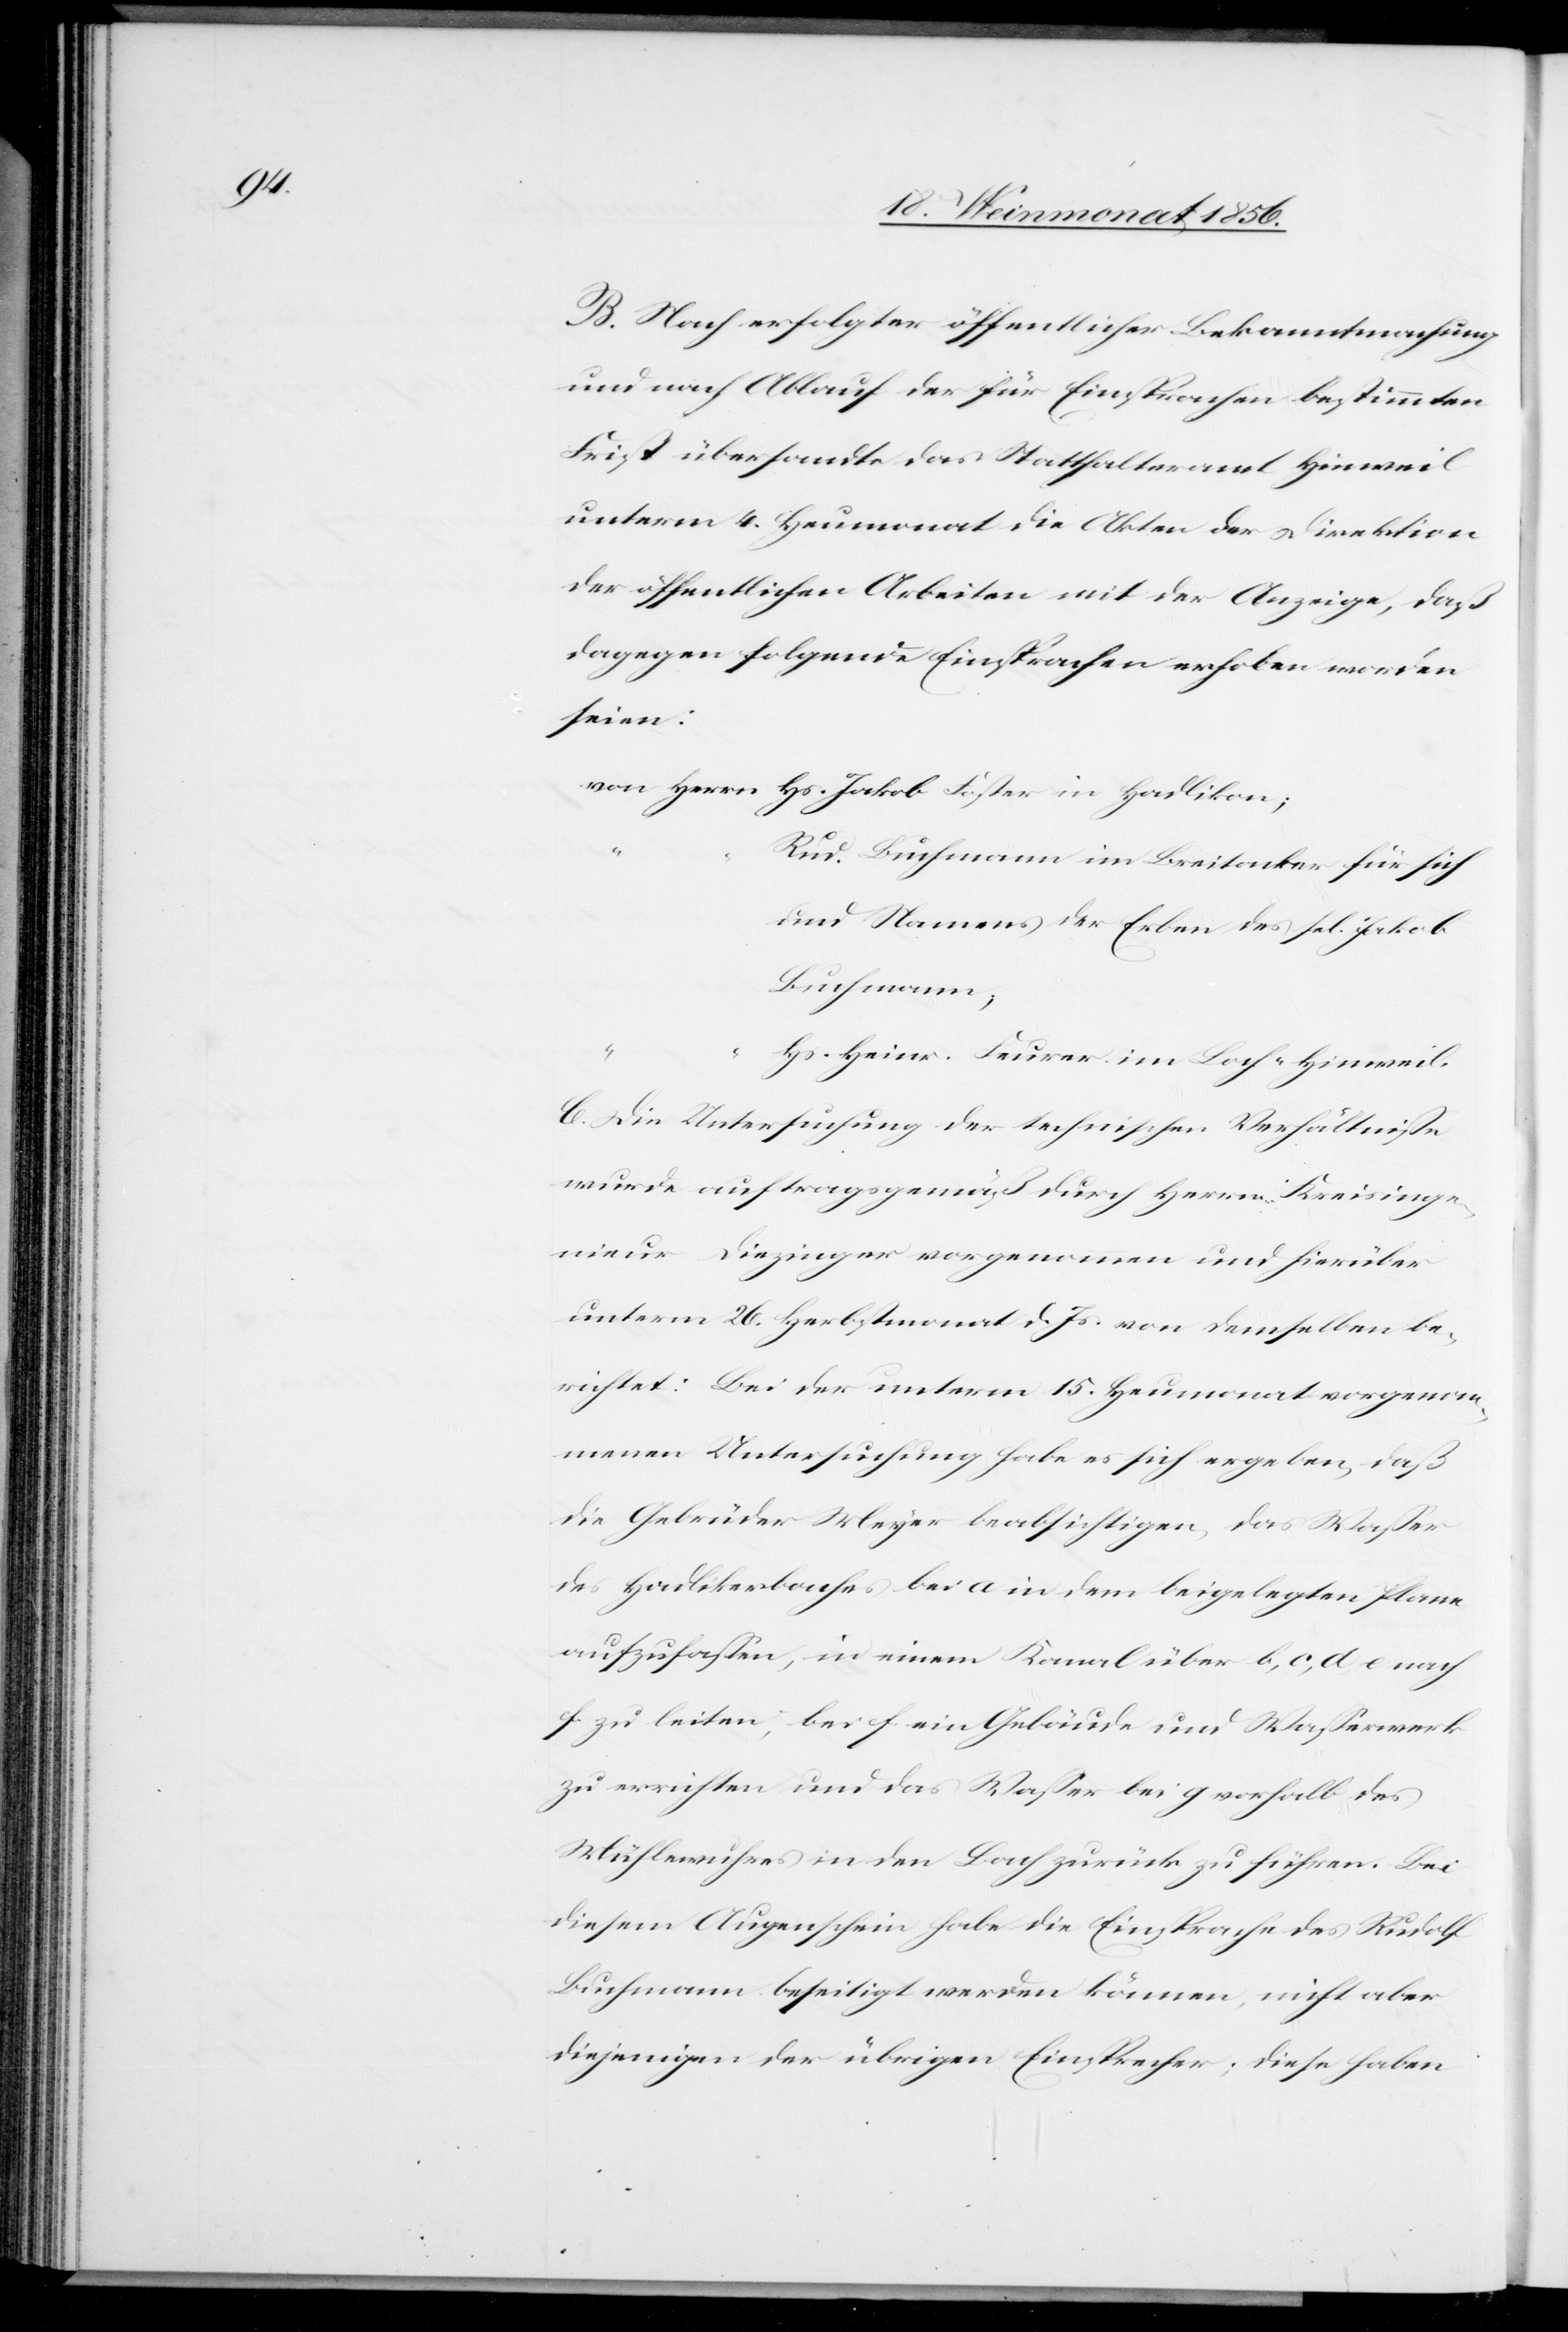
B. Nach erfolgter öffentlicher Bekanntmachung
und nach Ablauf der für Einsprachen bestimmten
Frist übersandte das Statthalteramt Hinweil
unterm 4. Heumonat die Akten der Direktion
der öffentlichen Arbeiten mit der Anzeige, daß
dagegen folgende Einsprachen erhoben worden
seien:
von Herrn Hs. Jakob Foster in Hadlikon;
Rud. Buchmann im Breitacker für sich
und Namens der Erben des sel. Jakob
Buchmann;
Hs. Heinr. Feurer im Loch-Hinweil.
C. Die Untersuchung der technischen Verhältnisse
wurde auftragsgemäß durch Herrn Kreisinge¬
nieur Diezinger vorgenommen und hierüber
unterm 26. Herbstmonat d. Js. von demselben be¬
richtet: Bei der unterm 15. Heumonat vorgenom¬
menen Untersuchung habe es sich ergeben, daß
die Gebrüder Meyer beabsichtigen, das Wasser
des Hadlikerbaches bei a in dem beigelegten Plane
aufzufassen, in einem Kanal über b, c, d, e nach
f zu leiten, bei f ein Gebäude und Wasserwerk
zu errichten und das Wasser bei g vorhalb des
Mühlewuhres in den Bach zurück zu führen. Bei
diesem Augenschein habe die Einsprache des Rudolf
Buchmann beseitigt werden können, nicht aber
diejenigen der übrigen Einsprecher; diese haben